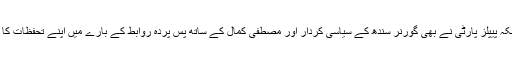
اس لئے گورنرسندھ اب وفاق کے نمائندے نہیں رہے جبکہ پیپلز پارٹی نے بھی گورنر سندھ کے سیاسی کردار اور مصطفی کمال کے ساتھ پس پردہ روابط کے بارے میں اپنے تحفظات کا اظہار کیا ہے، اس لئے گورنر سندھ کو تبدیل کیا جائے۔